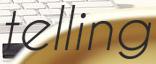
telling